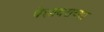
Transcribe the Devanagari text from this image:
पेशावराच्या